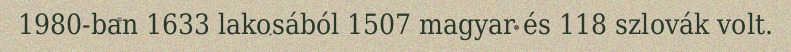
1980-ban 1633 lakosából 1507 magyar és 118 szlovák volt.